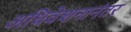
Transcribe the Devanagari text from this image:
अधिवेशनानंतर